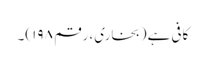
کافی ہے(بخاری، رقم ۱۹۸)۔